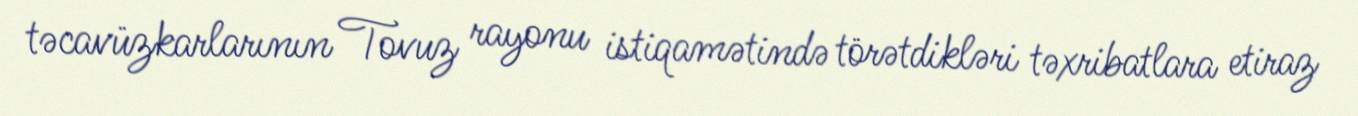
təcavüzkarlarının Tovuz rayonu istiqamətində törətdikləri təxribatlara etiraz